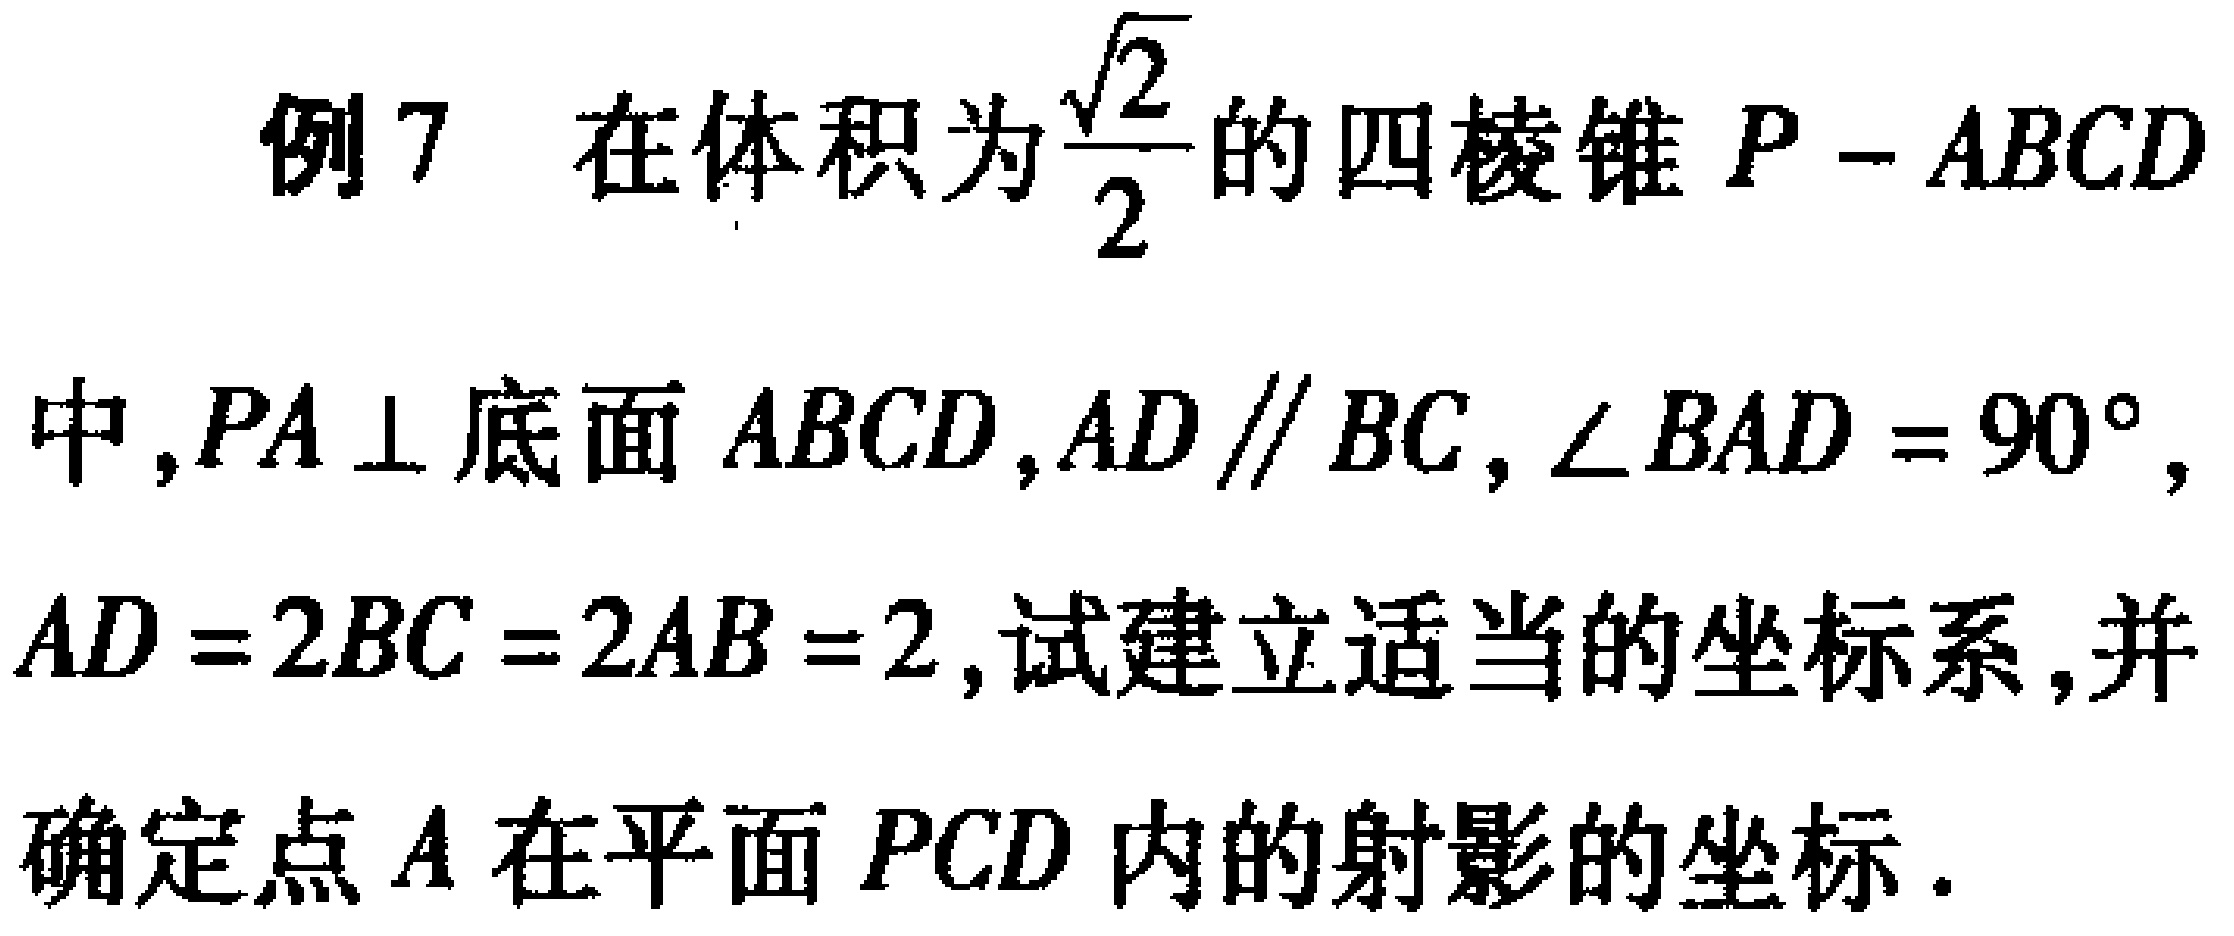
例7 在体积为$\frac{\sqrt{2}}{2}$的四棱锥$P - ABCD$中,$PA\perp$底面$ABCD$,$AD\parallel BC$,$\angle BAD = 90^{\circ}$,$AD = 2BC = 2AB = 2$,试建立适当的坐标系,并确定点$A$在平面$PCD$内的射影的坐标.